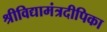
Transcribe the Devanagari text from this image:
श्रीविद्यामंत्रदीपिका